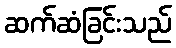
ဆက်ဆံခြင်းသည်